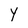
Character: Y